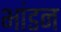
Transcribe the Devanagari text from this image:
भांडन